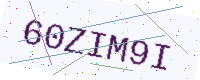
Text: 60ZIM9I